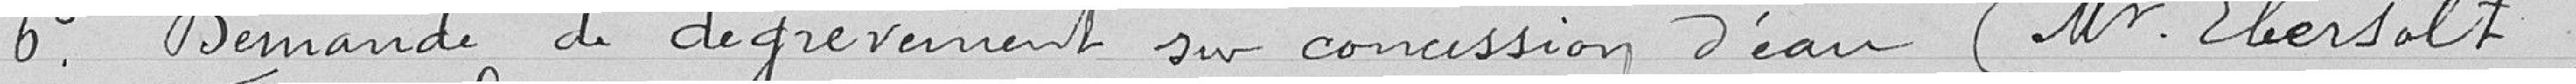
6° Demande de dégrèvement sur concession d'eau (Monsieur Ebersolt)